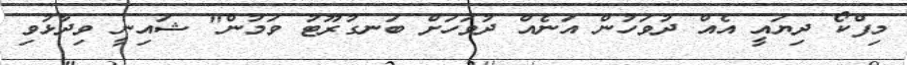
މިފްކޯ ދިޔައީ އެއް ދުވަހުން އަނެއް ދުވަހަށް ބަނގުރޫޓު ވަމުން" ޝައިނީ ވިދާޅުވި